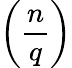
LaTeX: \left({\frac{n}{q}}\right)